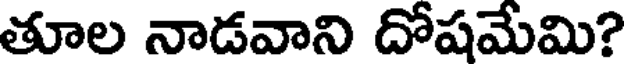
తూల నాడవాని దోషమేమి?